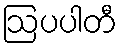
ဩပပါတီ